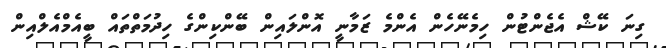
ގިނަ ކޭޝް އެޖެންޓުން ހިމެނޭހެން އެންމެ ޒަމާނީ އޮންލައިން ބޭންކިންގެ ހިދުމަތްތައް ބީއެމްއެލްއިން